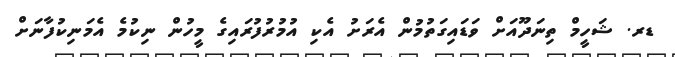
ޑރ. ޝަހީމް ތިނަދޫއަށް ވަޑައިގަތުމުން އެރަށު އެކި އުމުރުފުރައިގެ މީހުން ނިކުމެ އެމަނިކުފާނަށް